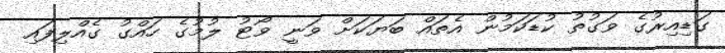
ގަޑިއިރުގެ ވަގުތު ކުޑަކަމުން އެތައް ބަޔަކަށް ވަނީ ވޯޓު ލުމުގެ ހައްގު ގެއްލިފައި